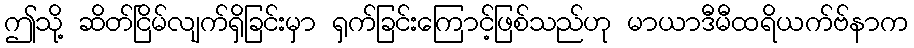
ဤသို့ ဆိတ်ငြိမ်လျက်ရှိခြင်းမှာ ရှက်ခြင်းကြောင့်ဖြစ်သည်ဟု မာယာဒီမီထရိယက်ဗ်နာက